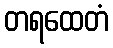
တရထေတံ